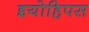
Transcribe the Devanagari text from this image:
इयोहिपस